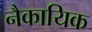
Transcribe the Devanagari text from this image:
नैकायिक